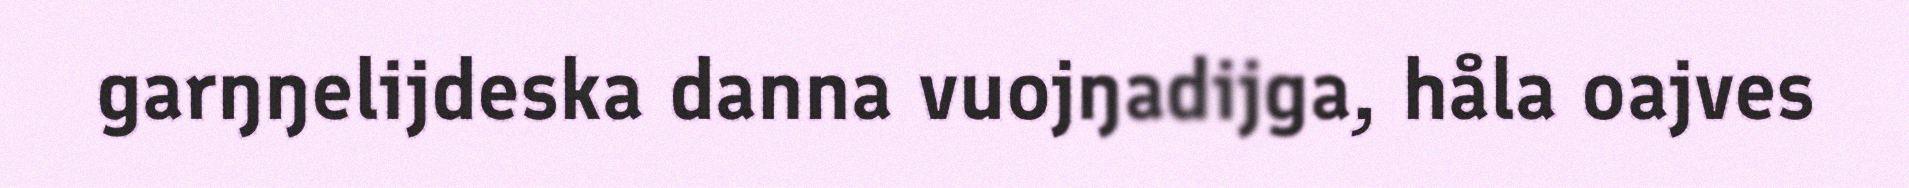
garŋŋelijdeska danna vuojŋadijga, håla oajves